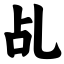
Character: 乩